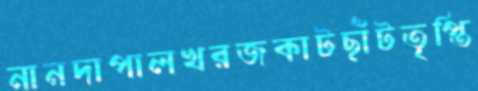
নানদাপালখরজকাটছাঁটতৃপ্তি